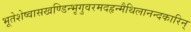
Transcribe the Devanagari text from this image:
भूतेशेष्वासखण्डिन्भृगुवरमदहृन्मैथिलानन्दकारिन्